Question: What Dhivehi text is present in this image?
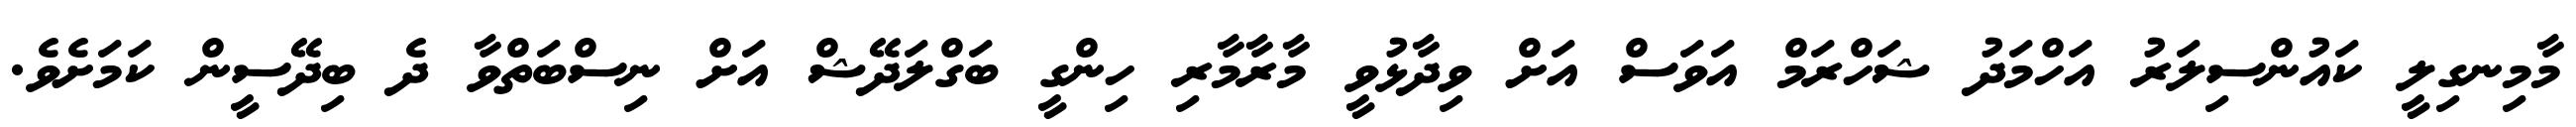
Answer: މާމިނގިލީ ކައުންސިލަރު އަހްމަދު ޝަހްރަމް އަވަސް އަށް ވިދާޅުވީ މާރާމާރި ހިންގީ ބަގްލަދޭޝް އަށް ނިސްބަތްވާ ދެ ބިދޭސީން ކަމަށެވެ.